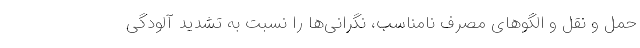
حمل و نقل و الگوهای مصرف نامناسب، نگرانی‌ها را نسبت به تشدید آلودگی